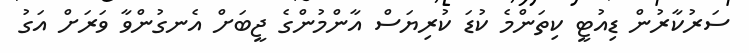
ސަރުކާރުން ޑިއުޓީ ކިތަންމެ ކުޑަ ކުރިޔަސް އާންމުންގެ ޖީބަށް އެނގުންވާ ވަރަށް އަގު